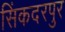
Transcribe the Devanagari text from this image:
सिंकदरपुर